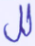
لل